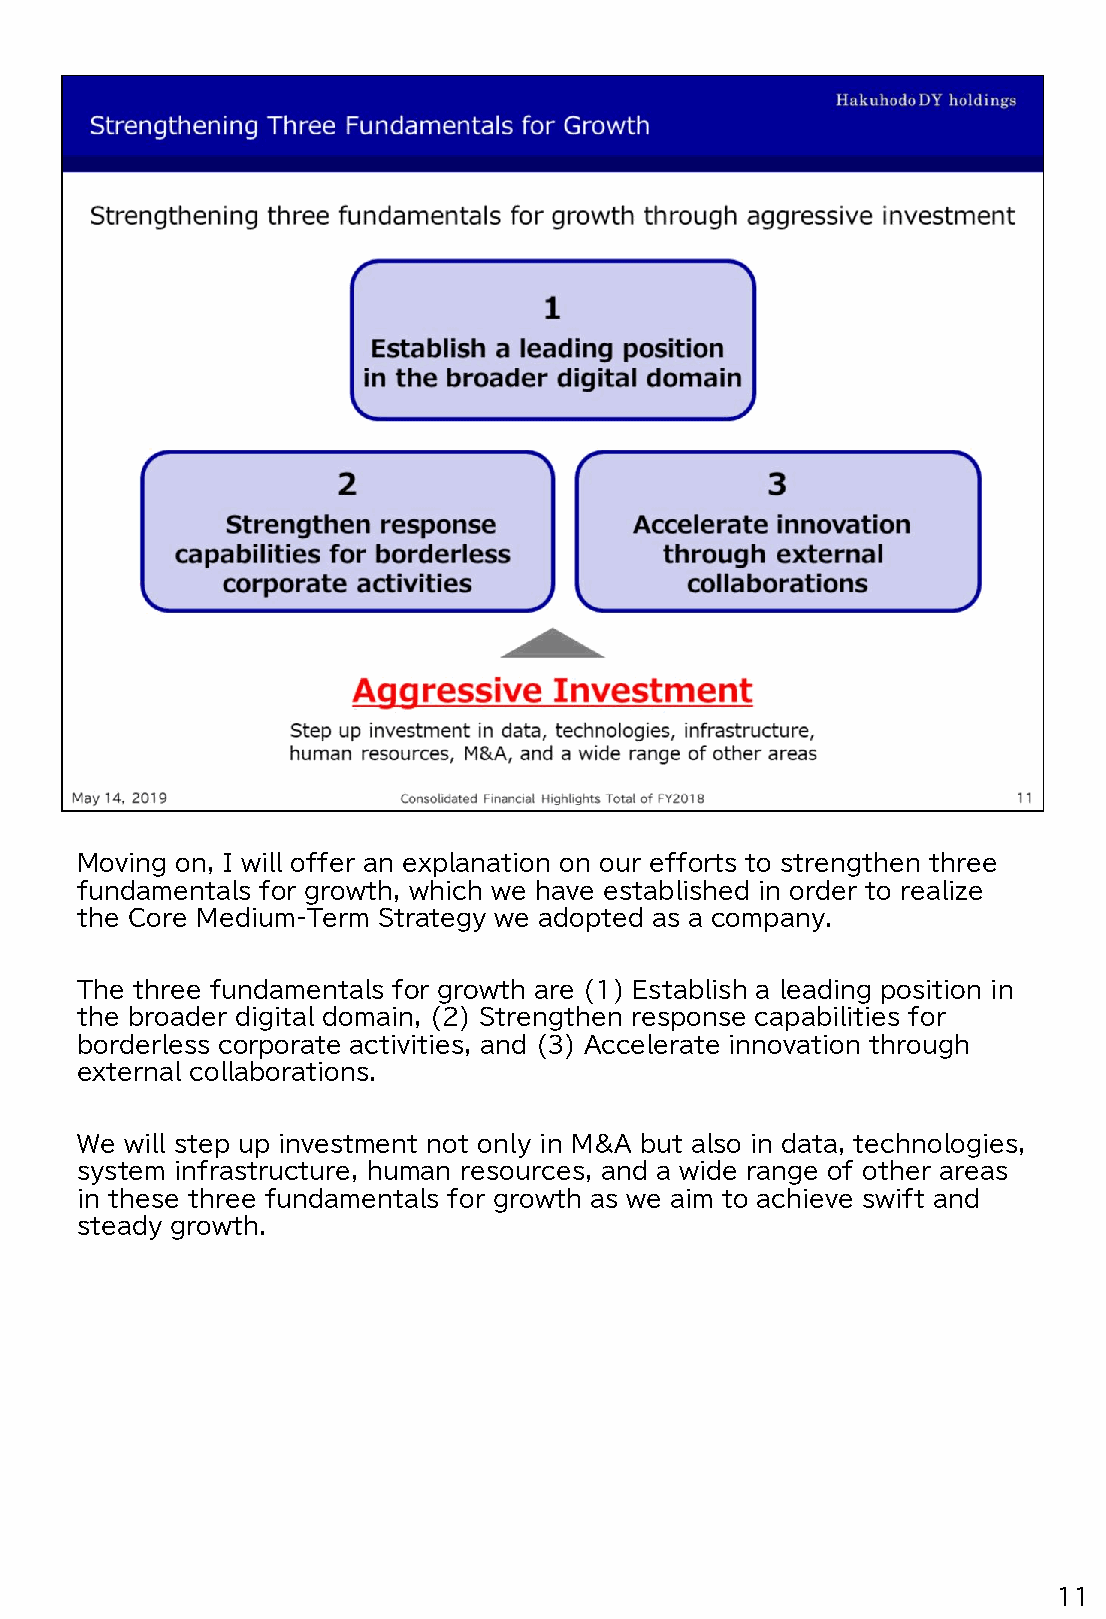
Moving on, I will offer an explanation on our efforts to strengthen three
 fundamentals for growth, which we have established in order to realize
 the Core Medium-Term Strategy we adopted as a company.
 The three fundamentals for growth are (1) Establish a leading position in
 the broader digital domain, (2) Strengthen response capabilities for
 borderless corporate activities, and (3) Accelerate innovation through
 external collaborations.
 We will step up investment not only in M&A but also in data, technologies,
 system infrastructure, human resources, and a wide range of other areas
 in these three fundamentals for growth as we aim to achieve swift and
 steady growth.
 11